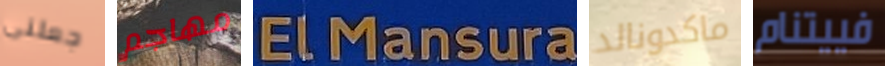
جعلنى مهاجم ELMansura ماكدونالد فييتنام